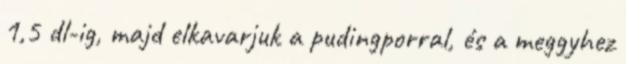
1,5 dl-ig, majd elkavarjuk a pudingporral, és a meggyhez